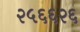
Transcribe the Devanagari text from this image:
२५६६२६